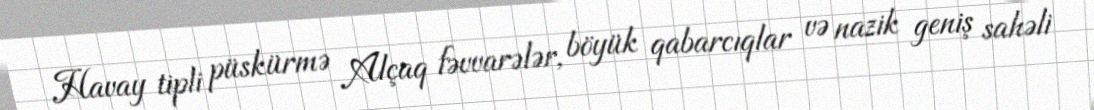
Havay tipli püskürmə Alçaq fəvvarələr, böyük qabarcıqlar və nazik geniş sahəli